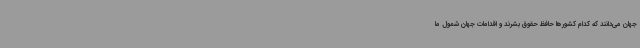
جهان می‌دانند که کدام کشورها حافظ حقوق بشرند و اقدامات جهان شمول ما